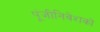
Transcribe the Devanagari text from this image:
पूंजीनिवेशकों